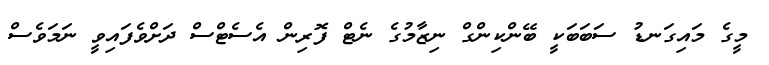
މީގެ މައިގަނޑު ސަބަބަކީ ބޭންކިންގް ނިޒާމުގެ ނެޓް ފޮރިން އެސެޓްސް ދަށްވެފައިވީ ނަމަވެސް